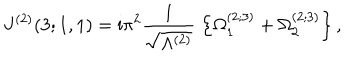
J ^ { ( 2 ) } ( 3 ; 1 , 1 ) = \mathrm { i } \pi ^ { 2 } \frac { 1 } { \sqrt { \Lambda ^ { ( 2 ) } } } \; \left\{ \Omega _ { 1 } ^ { ( 2 ; 3 ) } + \Omega _ { 2 } ^ { ( 2 ; 3 ) } \right\} ,